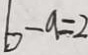
b - a = 2